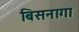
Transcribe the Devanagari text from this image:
बिसनागा